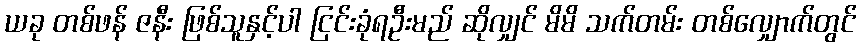
ယခု တစ်ဖန် ဇနီး ဖြစ်သူနှင့်ပါ ငြင်းခုံရဦးမည် ဆိုလျှင် မိမိ သက်တမ်း တစ်လျှောက်တွင်